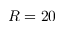
R = 2 0